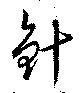
針